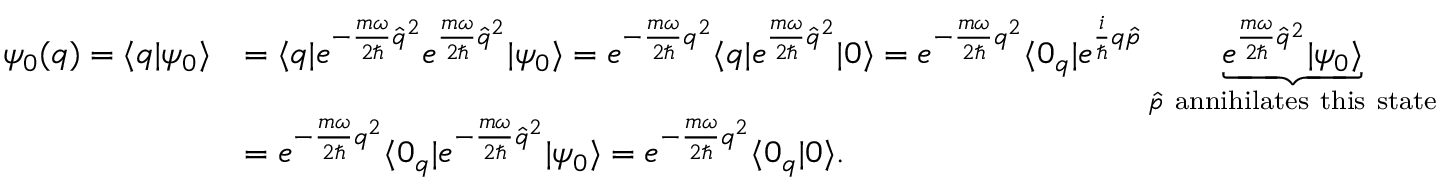
\begin{array} { r l } { \psi _ { 0 } ( q ) = \langle q | \psi _ { 0 } \rangle } & { = \langle q | e ^ { - \frac { m \omega } { 2 \hbar } \hat { q } ^ { 2 } } e ^ { \frac { m \omega } { 2 \hbar } \hat { q } ^ { 2 } } | \psi _ { 0 } \rangle = e ^ { - \frac { m \omega } { 2 \hbar } q ^ { 2 } } \langle q | e ^ { \frac { m \omega } { 2 \hbar } \hat { q } ^ { 2 } } | 0 \rangle = e ^ { - \frac { m \omega } { 2 \hbar } q ^ { 2 } } \langle 0 _ { q } | e ^ { \frac { i } { \hbar } q \hat { p } } \underbrace { e ^ { \frac { m \omega } { 2 \hbar } \hat { q } ^ { 2 } } | \psi _ { 0 } \rangle } _ { \hat { p } ~ \mathrm { a n n i h i l a t e s ~ t h i s ~ s t a t e } } } \\ & { = e ^ { - \frac { m \omega } { 2 \hbar } q ^ { 2 } } \langle 0 _ { q } | e ^ { - \frac { m \omega } { 2 \hbar } \hat { q } ^ { 2 } } | \psi _ { 0 } \rangle = e ^ { - \frac { m \omega } { 2 \hbar } q ^ { 2 } } \langle 0 _ { q } | 0 \rangle . } \end{array}